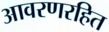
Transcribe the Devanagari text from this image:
आवरणरहित